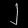
Digit: ၂